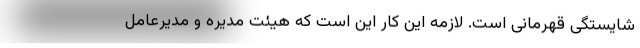
شایستگی قهرمانی است. لازمه این کار این است که هیئت مدیره و مدیرعامل